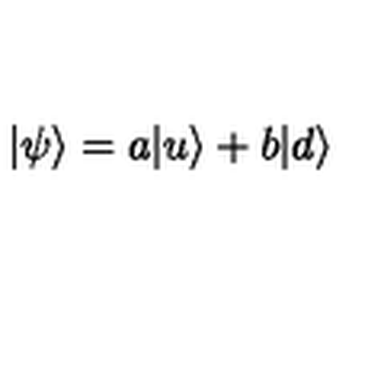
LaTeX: | \psi \rangle = a | u \rangle + b | d \rangle